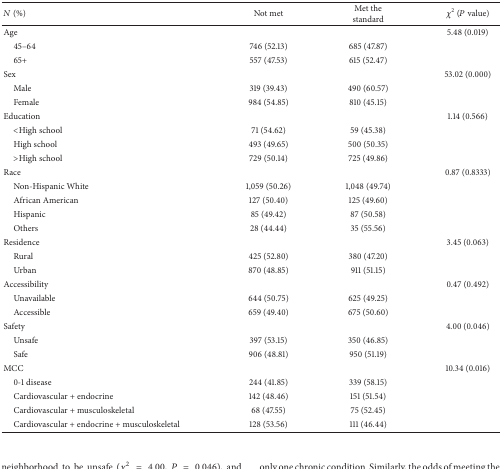
| N (%) | Not met | Met the standard | χ2 (P value) |
 | --- | --- | --- | --- |
 | Age |  |  | 5.48 (0.019) |
 | 45–64 | 746 (52.13) | 685 (47.87) |  |
 | 65+ | 557 (47.53) | 615 (52.47) |  |
 | Sex |  |  | 53.02 (0.000) |
 | Male | 319 (39.43) | 490 (60.57) |  |
 | Female | 984 (54.85) | 810 (45.15) |  |
 | Education |  |  | 1.14 (0.566) |
 | <High school | 71 (54.62) | 59 (45.38) |  |
 | High school | 493 (49.65) | 500 (50.35) |  |
 | >High school | 729 (50.14) | 725 (49.86) |  |
 | Race |  |  | 0.87 (0.8333) |
 | Non-Hispanic White | 1,059 (50.26) | 1,048 (49.74) |  |
 | African American | 127 (50.40) | 125 (49.60) |  |
 | Hispanic | 85 (49.42) | 87 (50.58) |  |
 | Others | 28 (44.44) | 35 (55.56) |  |
 | Residence |  |  | 3.45 (0.063) |
 | Rural | 425 (52.80) | 380 (47.20) |  |
 | Urban | 870 (48.85) | 911 (51.15) |  |
 | Accessibility |  |  | 0.47 (0.492) |
 | Unavailable | 644 (50.75) | 625 (49.25) |  |
 | Accessible | 659 (49.40) | 675 (50.60) |  |
 | Safety |  |  | 4.00 (0.046) |
 | Unsafe | 397 (53.15) | 350 (46.85) |  |
 | Safe | 906 (48.81) | 950 (51.19) |  |
 | MCC |  |  | 10.34 (0.016) |
 | 0-1 disease | 244 (41.85) | 339 (58.15) |  |
 | Cardiovascular + endocrine | 142 (48.46) | 151 (51.54) |  |
 | Cardiovascular + musculoskeletal | 68 (47.55) | 75 (52.45) |  |
 | Cardiovascular + endocrine + musculoskeletal | 128 (53.56) | 111 (46.44) |  |